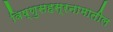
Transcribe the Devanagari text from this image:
विष्णुसहस्रनामातील